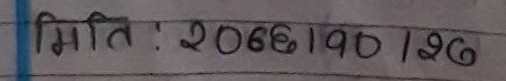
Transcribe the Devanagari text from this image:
मिति : २०६६१०/१२६